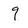
Character: q